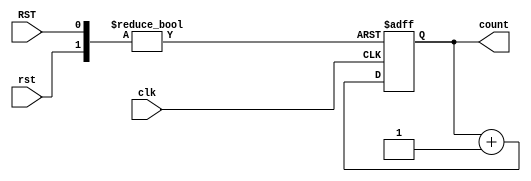
module hCounter (
        input clk,
        input rst,
        input RST,
        output reg [8:0] count
);

        always @(posedge clk or posedge rst or posedge RST)
        begin
                if(RST)
                        count <= 0;
                else if(rst)
                        count <= 0;
                else
                        count <= count + 1'b1;
        end
endmodule